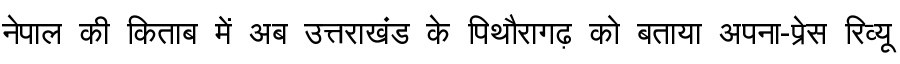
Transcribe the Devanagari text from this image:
नेपाल की किताब में अब उत्तराखंड के पिथौरागढ़ को बताया अपना-प्रेस रिव्यू